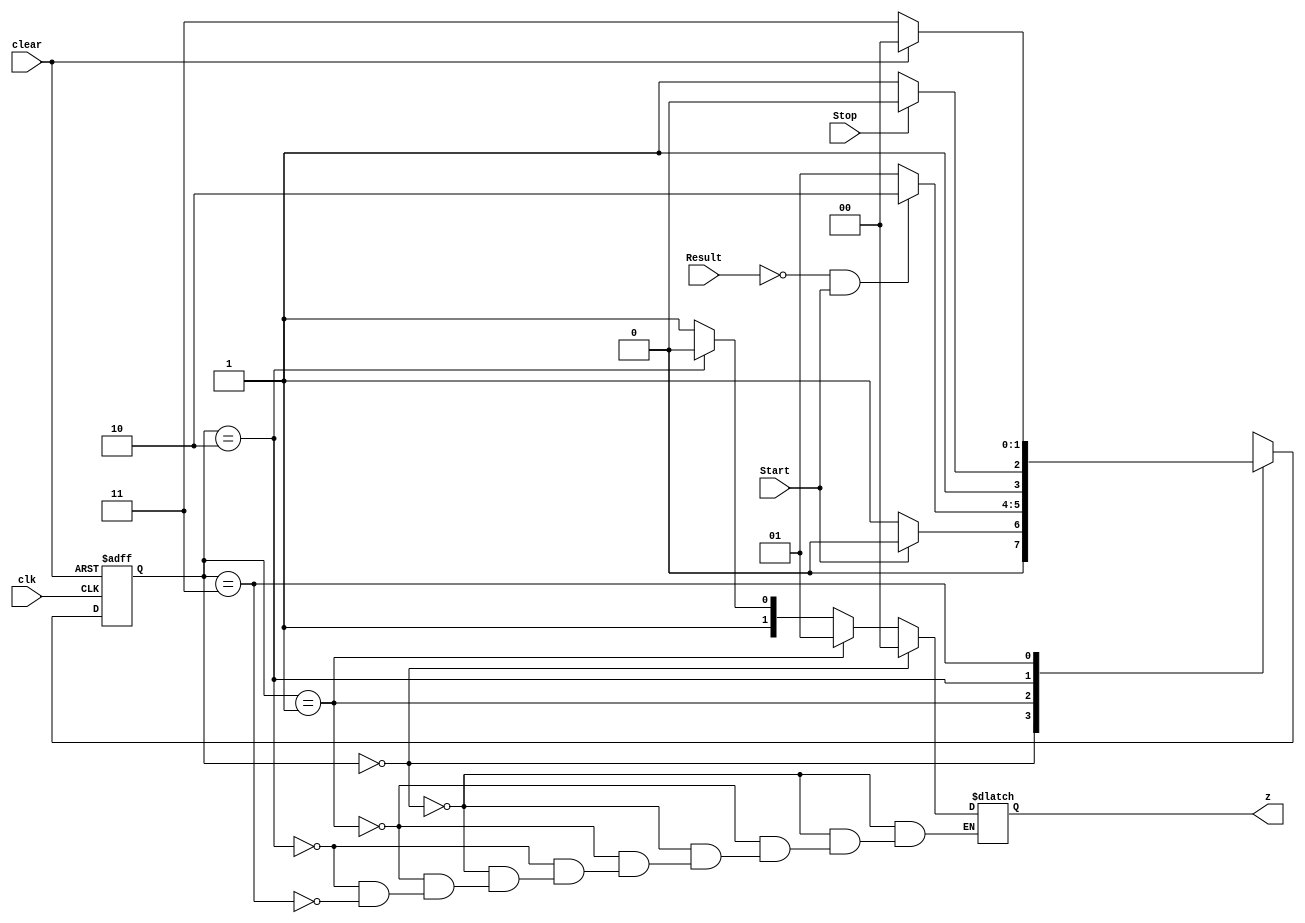
module StateMachine(clk,clear,Start,Stop,Result,z);
	input clk,clear,Start,Stop;
	input [13:0]Result;
	output reg [1:0] z;
	reg [1:0] y,Y;
	localparam	A=2'b00, B=2'b01, C=2'b10, D=2'b11;
	
	
	always @(y,Start,Stop,Result,clear)
		case(y)
			A: if(!Start)  		  Y = B;
				else  	  		  Y = A;
			B: if(Result == 0 & Start)  Y = C; 
				else       		  Y = B;
			C: if(!Stop)   		  Y = D;
				else  	  		  Y = C;
			D: if(clear)   		  Y = A;
				else		  		  Y = D;		
			endcase

			always @(posedge clear, posedge clk)
				if(clear) y <= A;
				else y <= Y;

	//output assignments			
			always @(y)
				if 		(y==A) z = A;
				else if  (y==B) z = B;
				else if  (y==C) z = C;
				else if  (y==D) z = D;	

endmodule